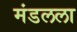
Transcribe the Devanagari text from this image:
मंडलला